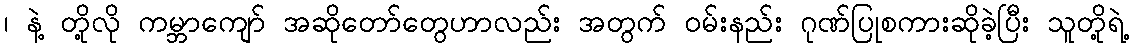
၊ နဲ့ တို့လို ကမ္ဘာကျော် အဆိုတော်တွေဟာလည်း အတွက် ဝမ်းနည်း ဂုဏ်ပြုစကားဆိုခဲ့ပြီး သူတို့ရဲ့